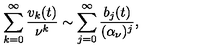
\sum _ { k = 0 } ^ { \infty } { \frac { v _ { k } ( t ) } { \nu ^ { k } } } \sim \sum _ { j = 0 } ^ { \infty } { \frac { b _ { j } ( t ) } { ( \alpha _ { \nu } ) ^ { j } } } ,